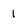
Character: 1